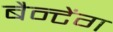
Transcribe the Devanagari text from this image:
बैन्टेंग